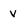
Character: v